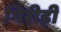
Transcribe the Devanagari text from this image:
गिरीड़ी